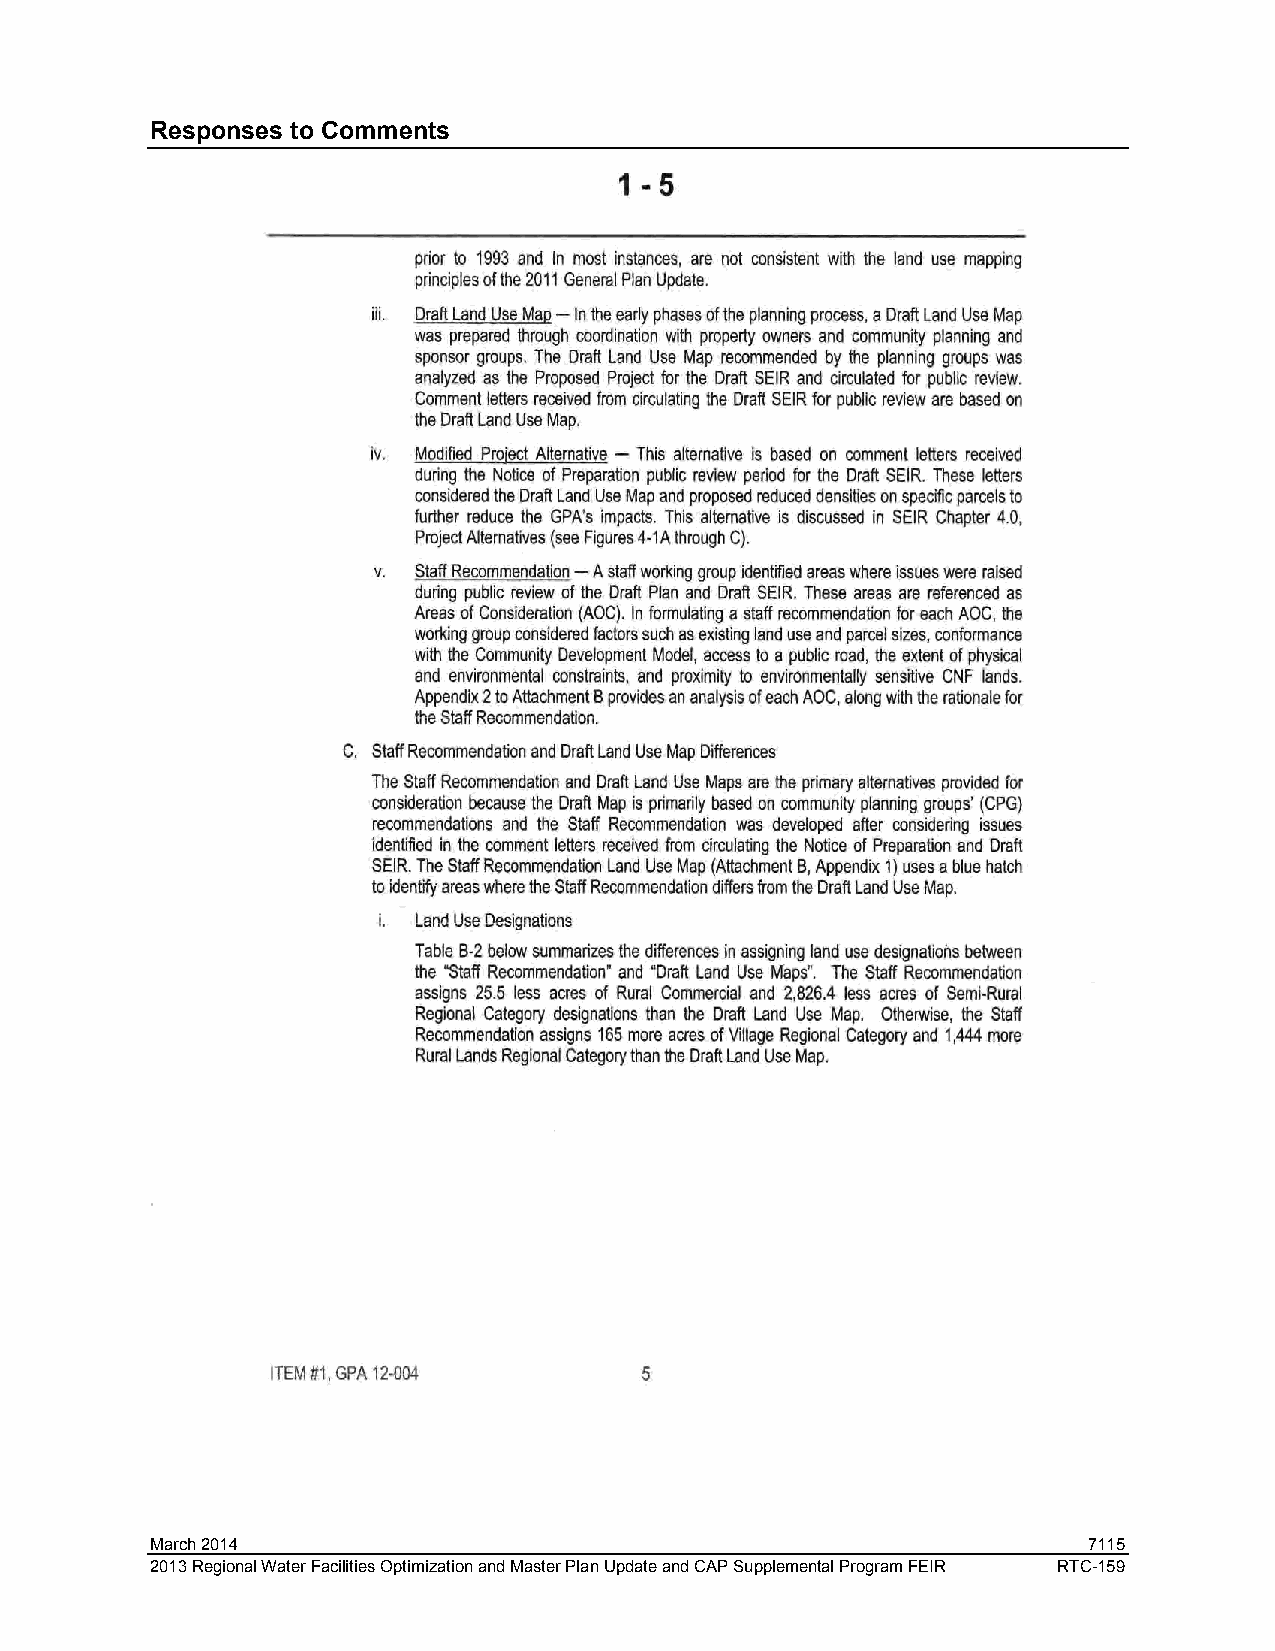
Responses to Comments
 March 2014                                                    7115
 2013 Regional Water Facilities Optimization and Master Plan Update and CAP Supplemental Program FEIR RTC-159